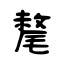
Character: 氂